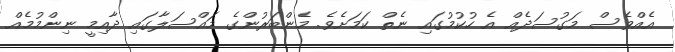
އެއްވެސް މަގުސަދެއް އެ ހުކުމުގައި ނެތް ކަމަށެވެ. މެންބަރުންގެ މައްސަލާގައި ދާއިމީ ނިންމުމެއް